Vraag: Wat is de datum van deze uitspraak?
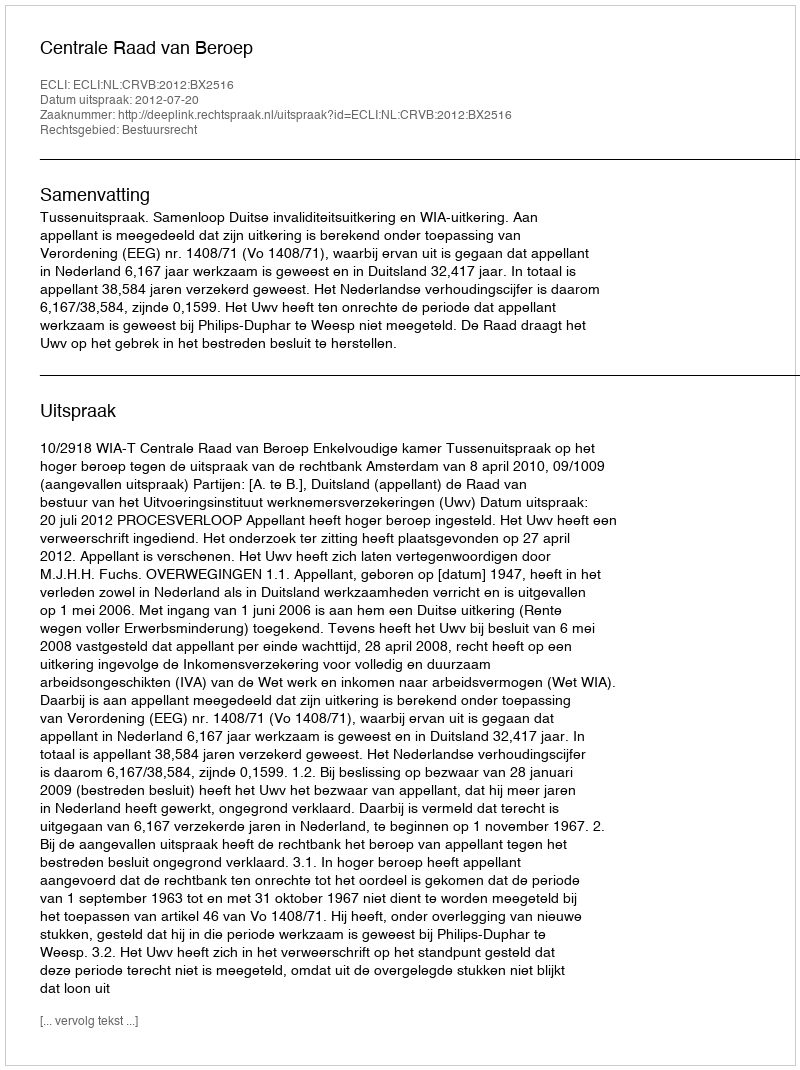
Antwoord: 2012-07-20